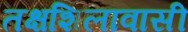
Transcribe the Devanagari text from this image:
तक्षशिलावासी